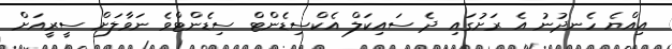
އިއްޔެ ހެނދުނު އެ ރަށުގައި ދެ ސައިކަލް އެކްސިޑެންޓް ސިޑެންޓްވެ ނަވާލަށް ސީރީއަށް